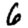
Digit: 6